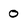
Character: 0